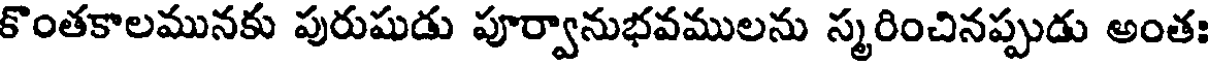
కొంతకాలమునకు పురుషుడు పూర్వానుభవములను స్మరించినప్పుడు అంతః